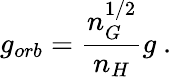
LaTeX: g_{orb}=\frac{n_{G}^{1/2}}{n_{H}}g\ .